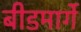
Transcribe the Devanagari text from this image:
बीडमार्गे